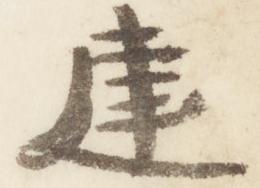
建